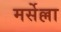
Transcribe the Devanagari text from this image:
मर्सेल्ला